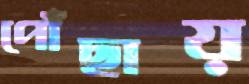
পৌঁছায়